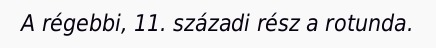
A régebbi, 11. századi rész a rotunda.